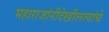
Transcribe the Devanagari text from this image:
महाराजांनीदेखीलत्यांचे